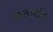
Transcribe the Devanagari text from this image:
वरलामोव